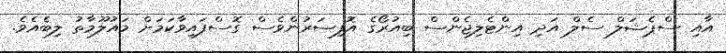
އާއި ސްޕެޝަލް ސެލް އަދި އިންޓެލިޖެންސް ބިއުރޯގެ އޮފިސަރުންވެސް ގޮސްފައިވާކަމަށް މައުލޫމާތު ލިބެއެވެ.